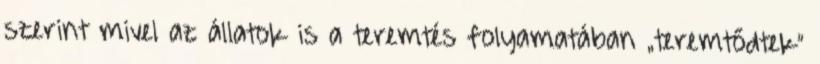
szerint mivel az állatok is a teremtés folyamatában „teremtődtek”